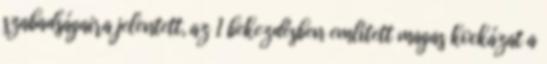
szabadságaira jelentett, az 1 bekezdésben említett magas kockázat a